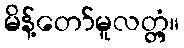
မိန့်တော်မူလတ္တံ့။